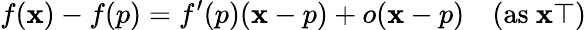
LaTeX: f(\mathbf{x})-f(p)=f^{\prime}(p)(\mathbf{x}-p)+o(\mathbf{x}-p)\quad({\mathrm{{as~}}}\mathbf{x}\top)